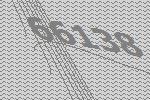
66138